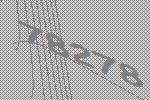
78278